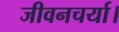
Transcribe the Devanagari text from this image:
जीवनचर्या।